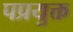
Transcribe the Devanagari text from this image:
पप्रयुक्त